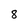
Character: 8